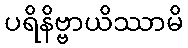
ပရိနိဗ္ဗာယိဿာမိ